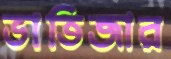
ভাতিজার